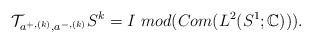
LaTeX: \begin{align*}\mathcal{T}_{a^{+,(k)},a^{-,(k)}}S^{k}=I \mbox{ } mod(Com(L^2(S^1;\mathbb{C}))).\end{align*}